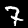
Digit: 7